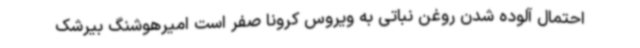
احتمال آلوده شدن روغن نباتی به ویروس کرونا صفر است امیرهوشنگ بیرشک